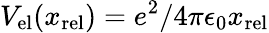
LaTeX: V_{\mathrm{el}}(x_{\mathrm{rel}})=e^{2}/4\pi\epsilon_{0}x_{\mathrm{rel}}